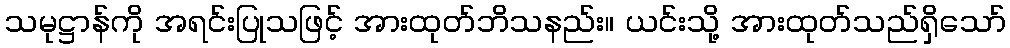
သမုဋ္ဌာန်ကို အရင်းပြုသဖြင့် အားထုတ်ဘိသနည်း။ ယင်းသို့ အားထုတ်သည်ရှိသော်